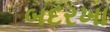
બદરખા